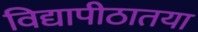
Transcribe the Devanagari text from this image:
विद्यापीठातया